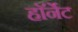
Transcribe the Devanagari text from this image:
हाॅर्नेट